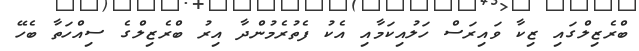
ބްރެޒިލްގައި ޒިކާ ވައިރަސް ހަލުއިކަމާއި އެކު ފެތުރެމުންދާ އިރު ބްރެޒިލްގެ ސިއްހަތާ ބެހޭ